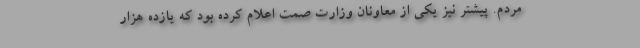
مردم. پیشتر نیز یکی از معاونان وزارت صمت اعلام کرده بود که یازده هزار